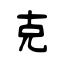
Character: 克